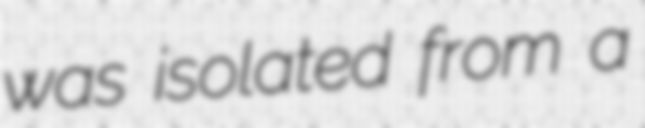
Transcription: was isolated from a